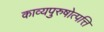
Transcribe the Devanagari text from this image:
काव्यपुरुषोत्पत्ति